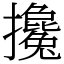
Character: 攙